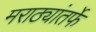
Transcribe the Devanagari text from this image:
मराठ्यांतर्फे